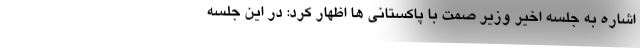
اشاره به جلسه اخیر وزیر صمت با پاکستانی ها اظهار کرد: در این جلسه